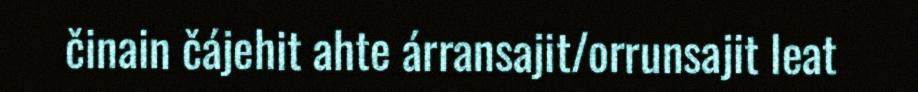
činain čájehit ahte árransajit/orrunsajit leat